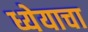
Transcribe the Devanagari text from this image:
ध्येयाचा